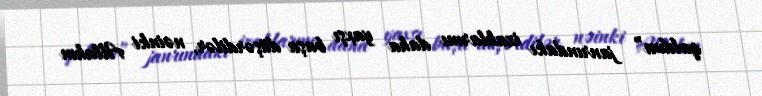
qaldım” janrındakı izahlarını daha yaxşı başa düşərdilər, nəinki Allahın